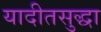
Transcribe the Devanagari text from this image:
यादीतसुद्धा